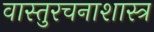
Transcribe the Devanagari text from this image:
वास्तुरचनाशास्त्र